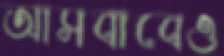
আসবাবেও